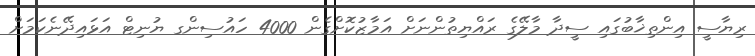
ރިޔާސީ އިންތިޚާބުގައި ސީދާ މާލޭގެ ރައްޔިތުންނަށް އަމާޒުކޮށްގެން 4000 ހައުސިންގ ޔުނިޓް އަޅައިދޭނެކަމަށް